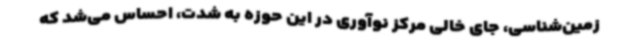
زمین‌شناسی، جای خالی مرکز نوآوری در این حوزه به شدت، احساس می‌شد که